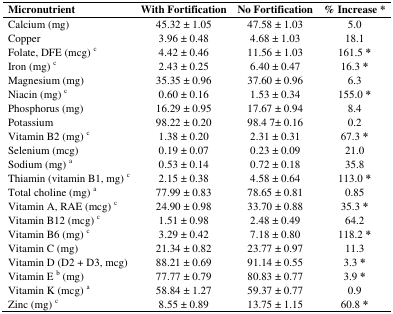
| Micronutrient | With Fortification | No Fortification | % Increase * |
 | --- | --- | --- | --- |
 | Calcium (mg) | 45.32 ± 1.05 | 47.58 ± 1.03 | 5.0 |
 | Copper | 3.96 ± 0.48 | 4.68 ± 1.03 | 18.1 |
 | Folate, DFE (mcg) c | 4.42 ± 0.46 | 11.56 ± 1.03 | 161.5 * |
 | Iron (mg) c | 2.43 ± 0.25 | 6.40 ± 0.47 | 16.3 * |
 | Magnesium (mg) | 35.35 ± 0.96 | 37.60 ± 0.96 | 6.3 |
 | Niacin (mg) c | 0.60 ± 0.16 | 1.53 ± 0.34 | 155.0 * |
 | Phosphorus (mg) | 16.29 ± 0.95 | 17.67 ± 0.94 | 8.4 |
 | Potassium | 98.22 ± 0.20 | 98.4 7± 0.16 | 0.2 |
 | Vitamin B2 (mg) c | 1.38 ± 0.20 | 2.31 ± 0.31 | 67.3 * |
 | Selenium (mcg) | 0.19 ± 0.07 | 0.23 ± 0.09 | 21.0 |
 | Sodium (mg) a | 0.53 ± 0.14 | 0.72 ± 0.18 | 35.8 |
 | Thiamin (vitamin B1, mg) c | 2.15 ± 0.38 | 4.58 ± 0.64 | 113.0 * |
 | Total choline (mg) a | 77.99 ± 0.83 | 78.65 ± 0.81 | 0.85 |
 | Vitamin A, RAE (mcg) c | 24.90 ± 0.98 | 33.70 ± 0.88 | 35.3 * |
 | Vitamin B12 (mcg) c | 1.51 ± 0.98 | 2.48 ± 0.49 | 64.2 |
 | Vitamin B6 (mg) c | 3.29 ± 0.42 | 7.18 ± 0.80 | 118.2 * |
 | Vitamin C (mg) | 21.34 ± 0.82 | 23.77 ± 0.97 | 11.3 |
 | Vitamin D (D2 + D3, mcg) | 88.21 ± 0.69 | 91.14 ± 0.55 | 3.3 * |
 | Vitamin E b (mg) | 77.77 ± 0.79 | 80.83 ± 0.77 | 3.9 * |
 | Vitamin K (mcg) a | 58.84 ± 1.27 | 59.37 ± 0.77 | 0.9 |
 | Zinc (mg) c | 8.55 ± 0.89 | 13.75 ± 1.15 | 60.8 * |